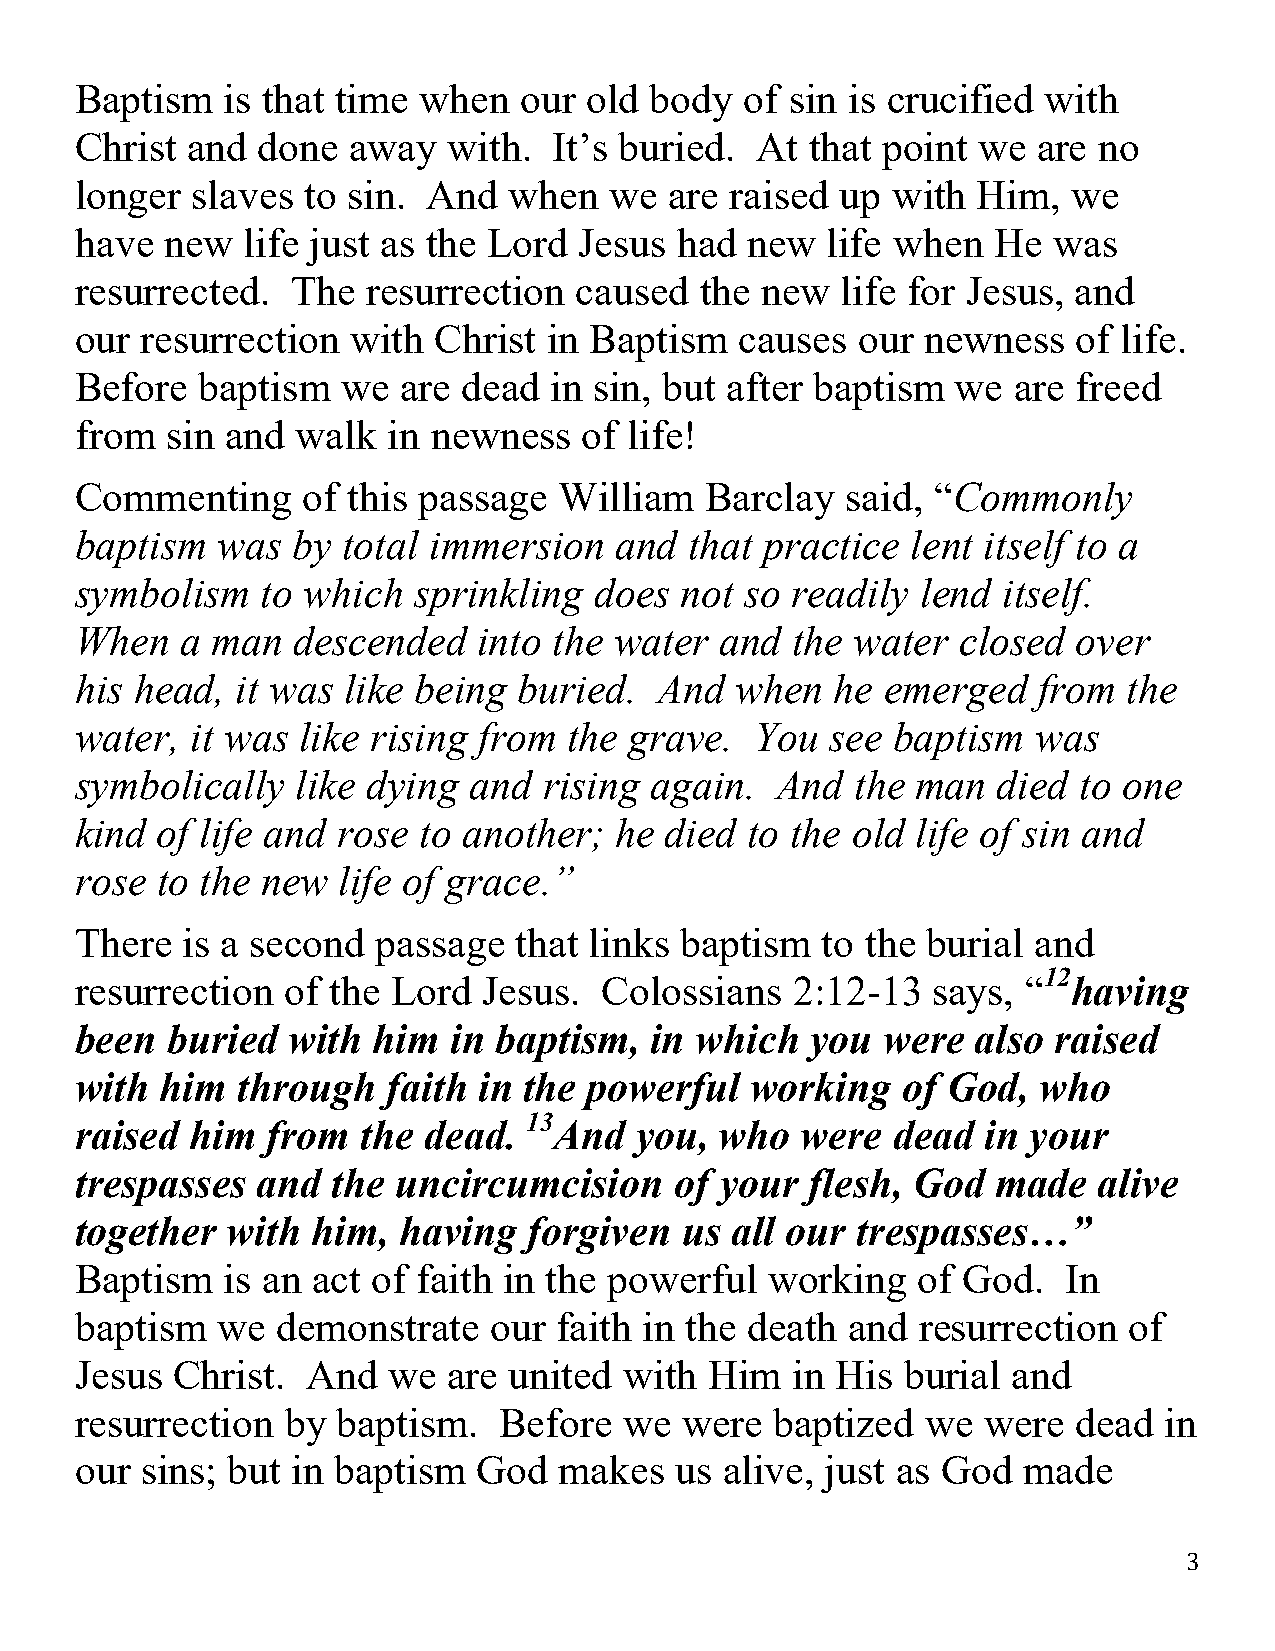
Baptism   is that time when  our  old body  of sin is crucified with
 Christ and  done  away   with.  It’s buried. At  that point we  are no
 longer  slaves to sin. And   when  we  are raised  up with  Him,  we
 have  new  life just as the Lord Jesus  had new   life when  He  was
 resurrected.  The  resurrection  caused  the new   life for Jesus, and
 our resurrection  with  Christ in Baptism   causes  our newness   of life.
 Before  baptism   we  are dead in sin, but after baptism  we  are freed
 from  sin and  walk  in newness   of life!
 Commenting     of this passage  William   Barclay  said, “Commonly
 baptism  was  by  total immersion   and  that practice lent itself to a
 symbolism   to which  sprinkling  does  not so readily  lend itself.
 When   a man  descended    into the water  and the  water  closed over
 his head,  it was like being buried.   And  when  he  emerged   from  the
 water,  it was like rising from  the grave.  You  see baptism   was
 symbolically   like dying and  rising again.  And   the man  died to one
 kind of life and rose  to another;  he died  to the old life of sin and
 rose to the new  life of grace.”
 There  is a second  passage  that links baptism  to the burial and
 12
 resurrection  of the Lord  Jesus.  Colossians  2:12-13   says, “  having
 been  buried  with  him  in baptism,  in which   you were   also raised
 with  him  through   faith in the powerful   working   of God,  who
 13
 raised  him  from  the dead.    And  you,  who  were  dead  in your
 trespasses  and  the uncircumcision     of your  flesh, God  made   alive
 together  with  him, having   forgiven  us all our  trespasses…”
 Baptism   is an act of faith in the powerful  working   of God.   In
 baptism  we  demonstrate   our  faith in the death and  resurrection  of
 Jesus  Christ. And   we  are united with  Him  in His  burial and
 resurrection  by baptism.   Before  we  were  baptized  we  were  dead  in
 our sins; but in baptism   God  makes   us alive, just as God  made
 3